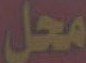
محل